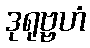
ဒုရုဗ္ဗဟံ